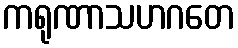
ကရုဏာသဟဂတေ